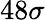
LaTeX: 48\sigma